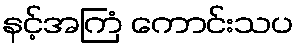
နင့်အကြံ ကောင်းသပ